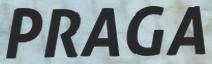
PRAGA